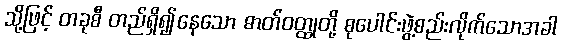
သို့ဖြင့် တခုစီ တည်ရှိ၍နေသော ဓာတ်ဝတ္ထုတို့ စုပေါင်းဖွဲ့စည်းလိုက်သောအခါ